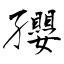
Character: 孾